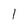
Character: 1